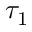
\tau _ { 1 }